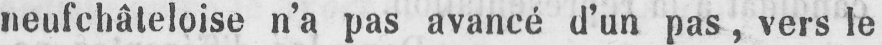
neufchâteloise n’a pas avancé d’un pas, vers le